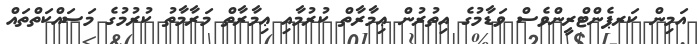
އަމިން ކަރޕެންޓްރީންވެސް ވަޑާމުގެ އިތުރުން ޢިމާރާތް ކުރުމާއި ޢިމާރާތް މަރާމާތު ކުރުމުގެ މަސައްކަތްތައް